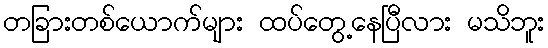
တခြားတစ်ယောက်များ ထပ်တွေ့နေပြီလား မသိဘူး